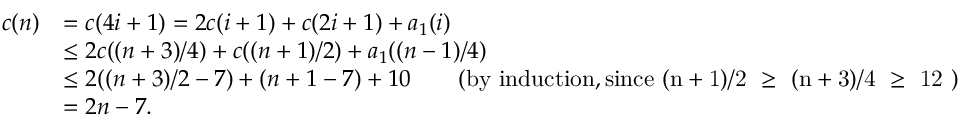
\begin{array} { r l } { c ( n ) } & { = c ( 4 i + 1 ) = 2 c ( i + 1 ) + c ( 2 i + 1 ) + a _ { 1 } ( i ) } \\ & { \leq 2 c ( ( n + 3 ) / 4 ) + c ( ( n + 1 ) / 2 ) + a _ { 1 } ( ( n - 1 ) / 4 ) } \\ & { \leq 2 ( ( n + 3 ) / 2 - 7 ) + ( n + 1 - 7 ) + 1 0 \quad \quad \mathrm { ( b y ~ i n d u c t i o n , s i n c e ~ ( n + 1 ) / 2 ~ \geq ~ ( n + 3 ) / 4 ~ \geq ~ 1 2 ~ ) } } \\ & { = 2 n - 7 . } \end{array}